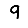
Digit: 9